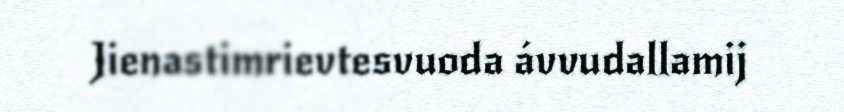
Jienastimrievtesvuoda ávvudallamij